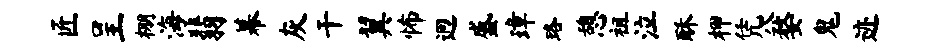
匠呈棚海翡幕灰干翼怖迥盛璋珞憩祖泣酥柙凭八婺鬼迹